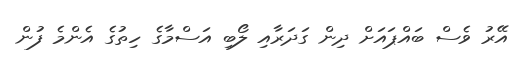
އޭރު ވެސް ބައްޕައަށް ދިން ގަދަރާއި ލޯބި އަސްމާގެ ހިތުގެ އެންމެ ފުން